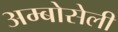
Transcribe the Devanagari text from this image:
अम्बोसेली